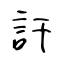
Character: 訐